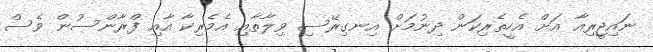
ނައިޖީރިއާ އަށް އެހީތެރިކަން ދިނުމަށް އިނގިރޭސި ވިލާތާއި އެމެރިކާ އާއި ފްރާންސުން ވެސް